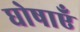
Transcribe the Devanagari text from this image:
घोषाएँ